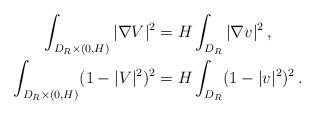
LaTeX: \begin{align*} \int_{D_R\times(0,H)}|\nabla V|^2&=H\int_{D_R}|\nabla v|^2\,,\\\int_{D_R\times(0,H)}(1-|V|^2)^2&=H\int_{D_R} (1-|v|^2)^2\,.\end{align*}